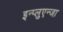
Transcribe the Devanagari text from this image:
इन्प्लुएन्जा